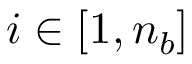
i \in [ 1 , n _ { b } ]